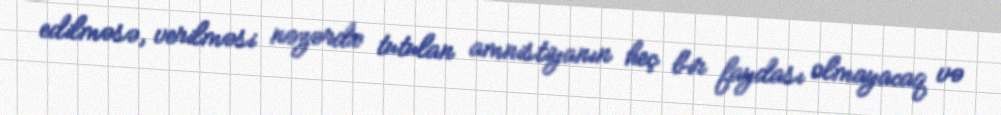
edilməsə, verilməsi nəzərdə tutulan amnistiyanın heç bir faydası olmayacaq və